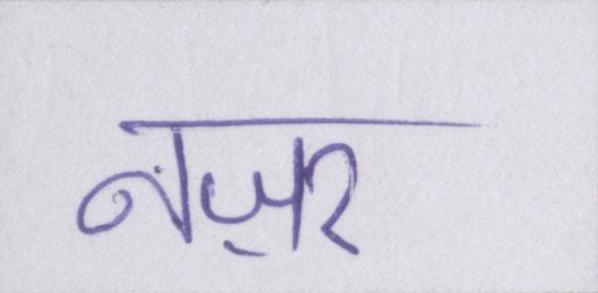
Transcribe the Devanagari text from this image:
नज़र